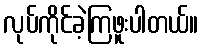
လုပ်ကိုင်ခဲ့ကြဖူးပါတယ်။